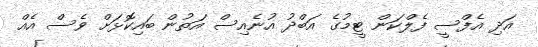
އަދި އެފްސީ ފެލްކަން ޓީމުގެ އަބްދު އުނެއިސް އަތުން ބައިކޮޅަށް ވެސް އެއް